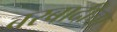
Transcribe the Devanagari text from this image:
बरबादीचा